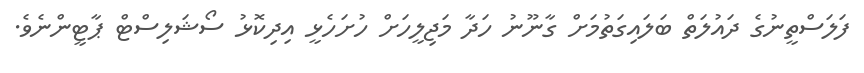
ފަލަސްތީނުގެ ދައުލަތް ބަލައިގަތުމަށް ގާނޫނު ހަދާ މަޖިލީހަށް ހުށަހެޅީ އިދިކޮޅު ސޯޝަލިސްޓް ޕާޓީންނެވެ.